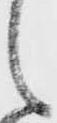
之